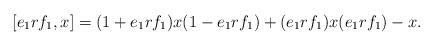
LaTeX: \begin{align*}[e_1rf_1,x]=(1+e_1rf_1)x(1-e_1rf_1)+(e_1rf_1)x(e_1rf_1)-x.\end{align*}